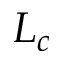
L _ { c }